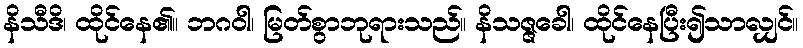
နိသီဒိ၊ ထိုင်နေ၏။ ဘဂဝါ၊ မြတ်စွာဘုရားသည်။ နိသဇ္ဇခေါ၊ ထိုင်နေပြီး၍သာလျှင်။